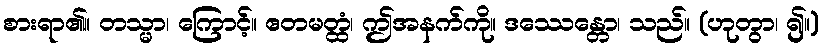
စားရာ၏။ တသ္မာ၊ ကြောင့်။ ဧတမတ္ထံ၊ ဤအနက်ကို။ ဒဿေန္တော၊ သည်။ (ဟုတွာ၊ ၍။)